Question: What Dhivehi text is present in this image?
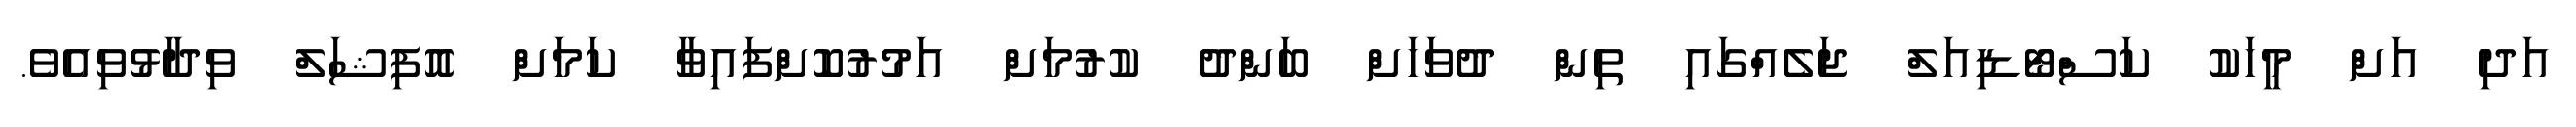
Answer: އަދި އަށް މީހަކު ކަސްޓޯޑިއަލް ޖަލެއްގައި ތިން ދުވަހަށް ބަންދު ކުރުމަށް އަމުރުކޮށްފައިވާ ކަމަށް އޮފިޝަލް ވިދާޅުވިއެވެ.